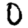
Digit: 0